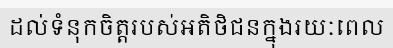
ដល់ទំនុកចិត្តរបស់អតិថិជនក្នុងរយៈពេល